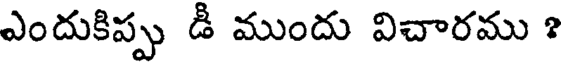
ఎందుకిప్పు డీ ముందు విచారము ?